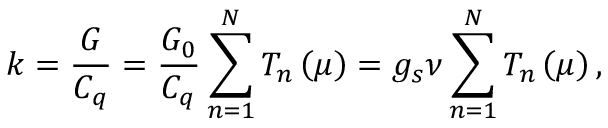
k = \frac { G } { C _ { q } } = \frac { G _ { 0 } } { C _ { q } } \sum _ { n = 1 } ^ { N } T _ { n } \left( \mu \right) = g _ { s } \nu \sum _ { n = 1 } ^ { N } T _ { n } \left( \mu \right) ,